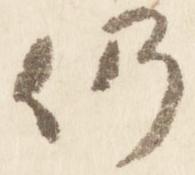
仍